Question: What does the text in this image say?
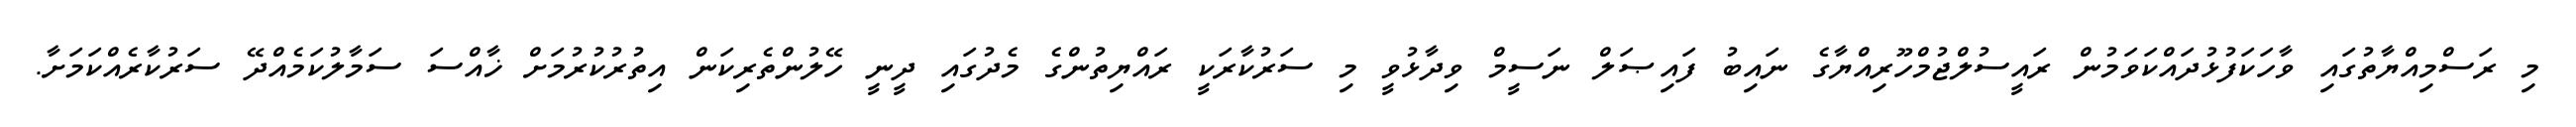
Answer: މި ރަސްމިއްޔާތުގައި ވާހަކަފުޅުދައްކަވަމުން ރައީސުލްޖުމްހޫރިއްޔާގެ ނައިބު ފައިޞަލް ނަސީމް ވިދާޅުވީ މި ސަރުކާރަކީ ރައްޔިތުންގެ މެދުގައި ދީނީ ހޭލުންތެރިކަން އިތުރުކުރުމަށް ޚާއްސަ ސަމާލުކަމެއްދޭ ސަރުކާރެއްކަމަށާ.